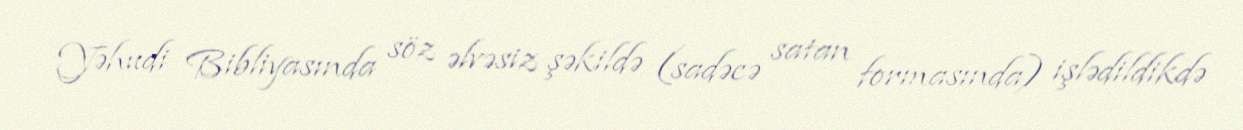
Yəhudi Bibliyasında söz əlvəsiz şəkildə (sadəcə satan formasında) işlədildikdə